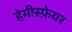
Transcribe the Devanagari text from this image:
हेमीस्फ़ेयर